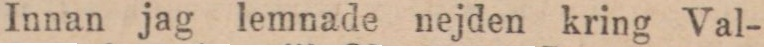
Innan jag lemnade nejden kring Val-